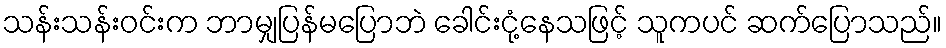
သန်းသန်းဝင်းက ဘာမျှပြန်မပြောဘဲ ခေါင်းငုံ့နေသဖြင့် သူကပင် ဆက်ပြောသည်။